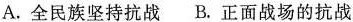
A.全民族坚持抗战 B.正面战场的抗战